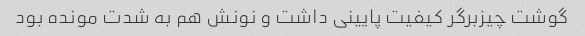
گوشت چیزبرگر کیفیت پایینی داشت و نونش هم به شدت مونده بود